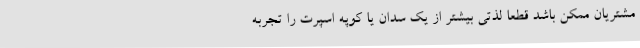
مشتریان ممکن باشد قطعا لذتی بیشتر از یک سدان یا کوپه اسپرت را تجربه